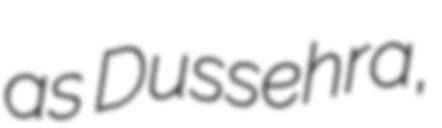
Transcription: as Dussehra,